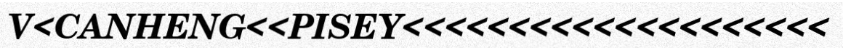
V<CANHENG<<PISEY<<<<<<<<<<<<<<<<<<<<